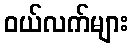
ဝယ်လက်များ